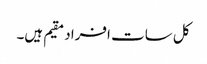
کل سات افراد مقیم ہیں۔